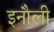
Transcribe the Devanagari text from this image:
इनौली